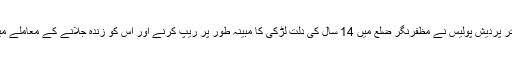
انڈین ایکسپریس کی رپورٹ کے مطابق، اتر پردیش پولیس نے مظفرنگر ضلع میں 14 سال کی دلت لڑکی کا مبینہ طور پر ریپ کرنے اور اس کو زندہ جلانے کے معاملے میں 7 لوگوں کے خلاف مقدمہ درج کیا ہے۔